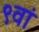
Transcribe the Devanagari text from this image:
९वां